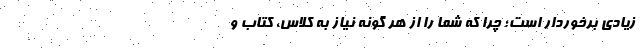
زیادی برخوردار است؛ چرا که شما را از هر گونه نیاز به کلاس، کتاب و